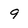
Character: 9